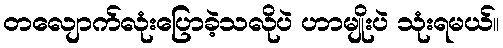
တလျောက်လုံးပြောခဲ့သလိုပဲ ဟာမျိုးပဲ သုံးရမယ်။